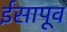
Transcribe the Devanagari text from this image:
ईसापूव